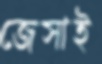
জেসাই